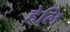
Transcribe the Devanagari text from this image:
हेलि